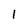
Character: 1